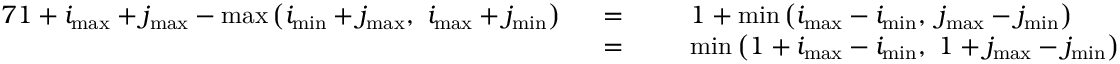
\begin{array} { r l r l } { { 7 } 1 + i _ { \mathrm { m a x } } + j _ { \mathrm { m a x } } - \operatorname* { m a x } { \left( i _ { \mathrm { m i n } } + j _ { \mathrm { m a x } } , ~ i _ { \mathrm { m a x } } + j _ { \mathrm { m i n } } \right) } ~ ~ } & { = ~ ~ } & & { 1 + \operatorname* { m i n } { \left( i _ { \mathrm { m a x } } - i _ { \mathrm { m i n } } , ~ j _ { \mathrm { m a x } } - j _ { \mathrm { m i n } } \right) } } \\ & { = } & & { \operatorname* { m i n } { \left( 1 + i _ { \mathrm { m a x } } - i _ { \mathrm { m i n } } , ~ 1 + j _ { \mathrm { m a x } } - j _ { \mathrm { m i n } } \right) } } \end{array}